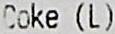
COKE (L)